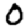
Digit: 0